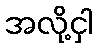
အလို့ငှါ